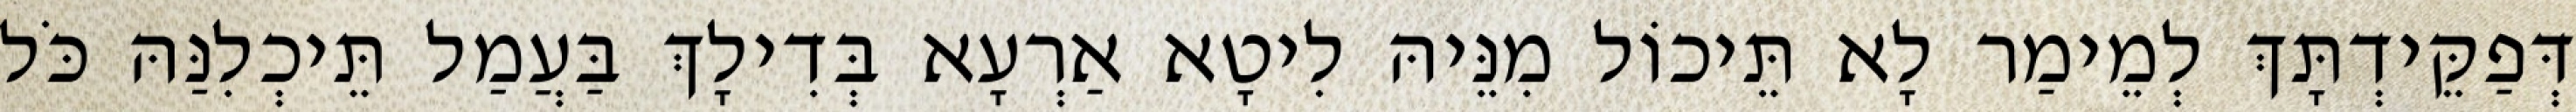
דְּפַקֵּידְתָּךְ לְמֵימַר לָא תֵּיכוֹל מִנֵּיהּ לִיטָא אַרְעָא בְּדִילָךְ בַּעֲמַל תֵּיכְלִנַּהּ כֹּל